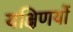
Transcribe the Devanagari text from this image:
यक्षिणयों